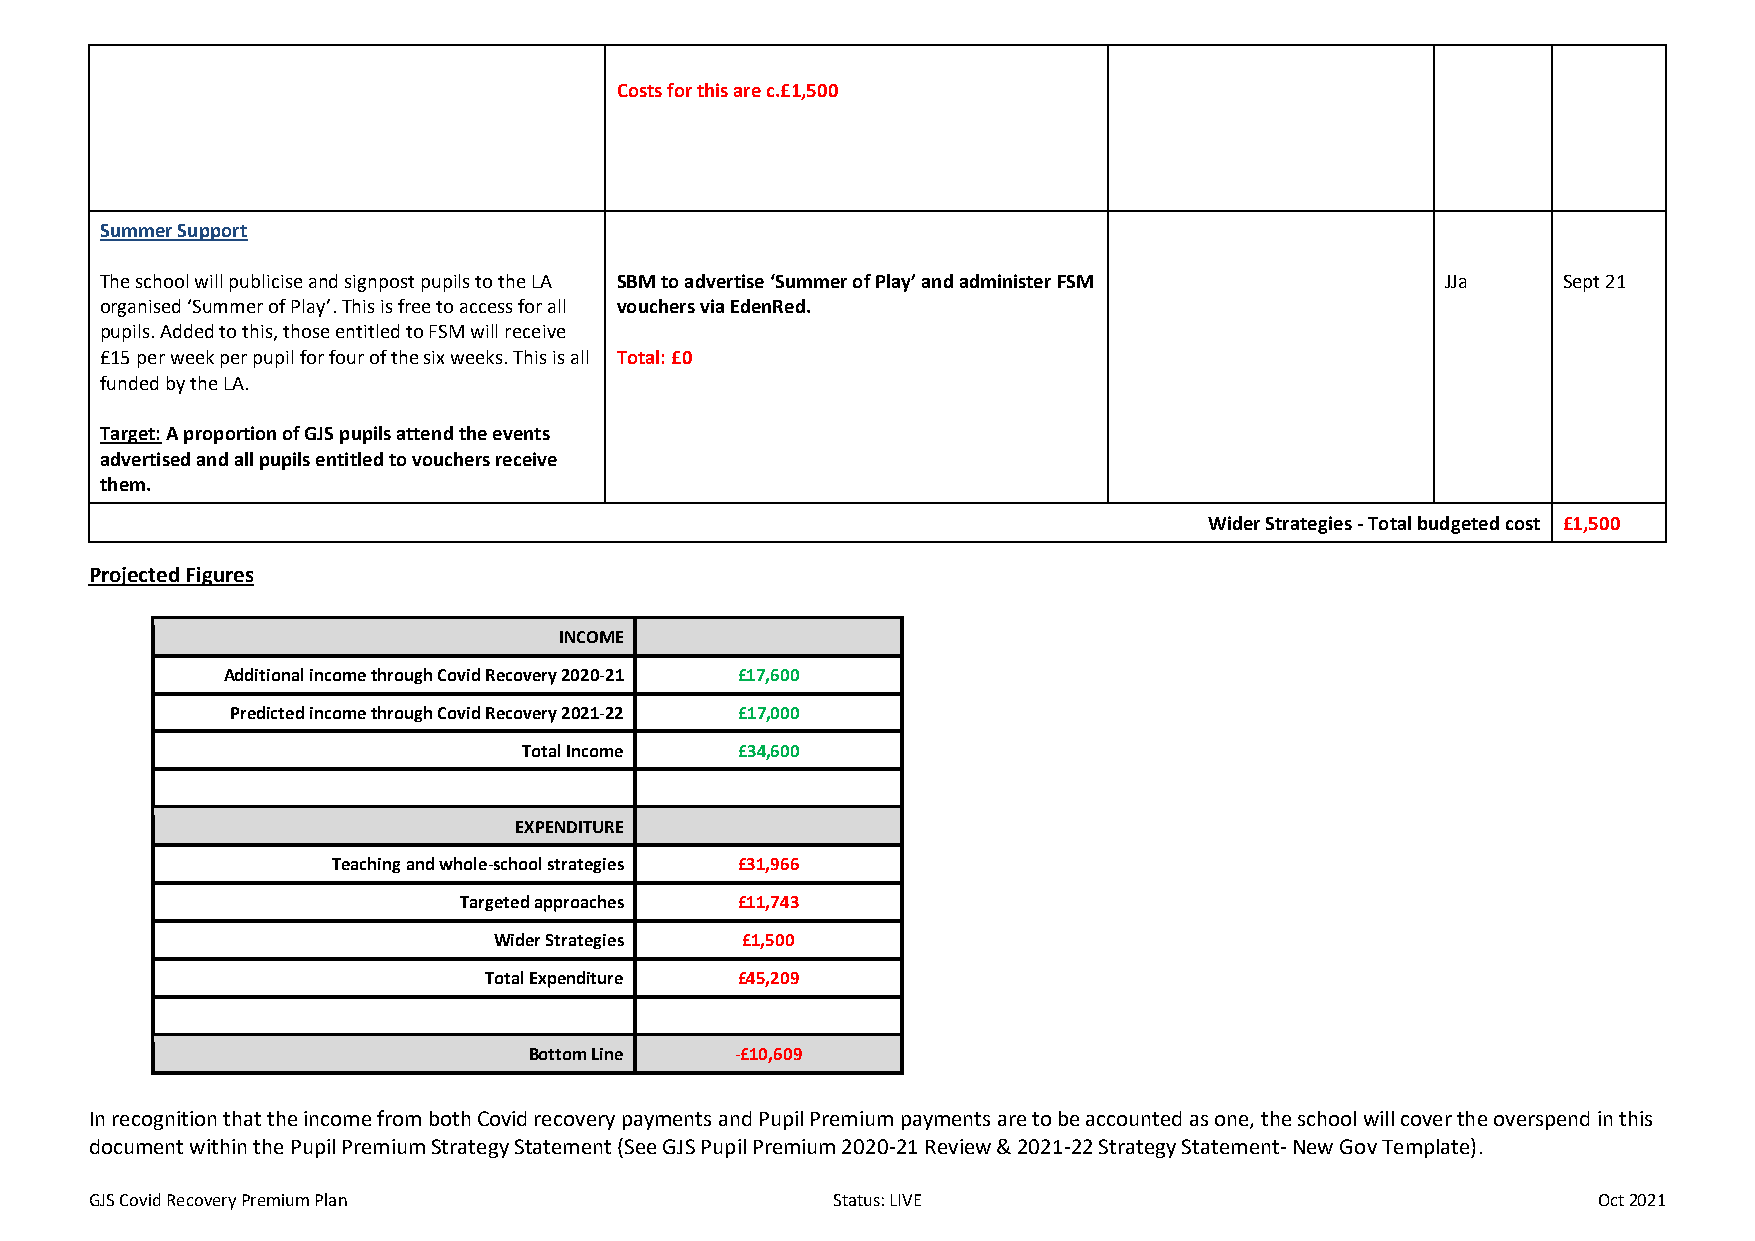
Costs for this are c.£1,500
 Summer Support
 The school will publicise and signpost pupils to the LA SBM to advertise ‘Summer of Play’ and administer FSM JJa Sept 21
 organised ‘Summer of Play’. This is free to access for all vouchers via EdenRed.
 pupils. Added to this, those entitled to FSM will receive
 £15 per week per pupil for four of the six weeks. This is all Total: £0
 funded by the LA.
 Target: A proportion of GJS pupils attend the events
 advertised and all pupils entitled to vouchers receive
 them.
 Wider Strategies - Total budgeted cost £1,500
 Projected Figures
 INCOME
 Additional income through Covid Recovery 2020-21 £17,600
 Predicted income through Covid Recovery 2021-22 £17,000
 Total Income  £34,600
 EXPENDITURE
 Teaching and whole-school strategies £31,966
 Targeted approaches £11,743
 Wider Strategies £1,500
 Total Expenditure £45,209
 Bottom Line   -£10,609
 In recognition that the income from both Covid recovery payments and Pupil Premium payments are to be accounted as one, the school will cover the overspend in this
 document within the Pupil Premium Strategy Statement (See GJS Pupil Premium 2020-21 Review & 2021-22 Strategy Statement- New Gov Template).
 GJS Covid Recovery Premium Plan                  Status: LIVE                                       Oct 2021